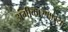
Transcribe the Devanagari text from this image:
अंगीकारणाऱ्या